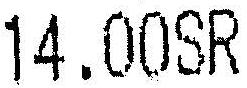
14.00SR